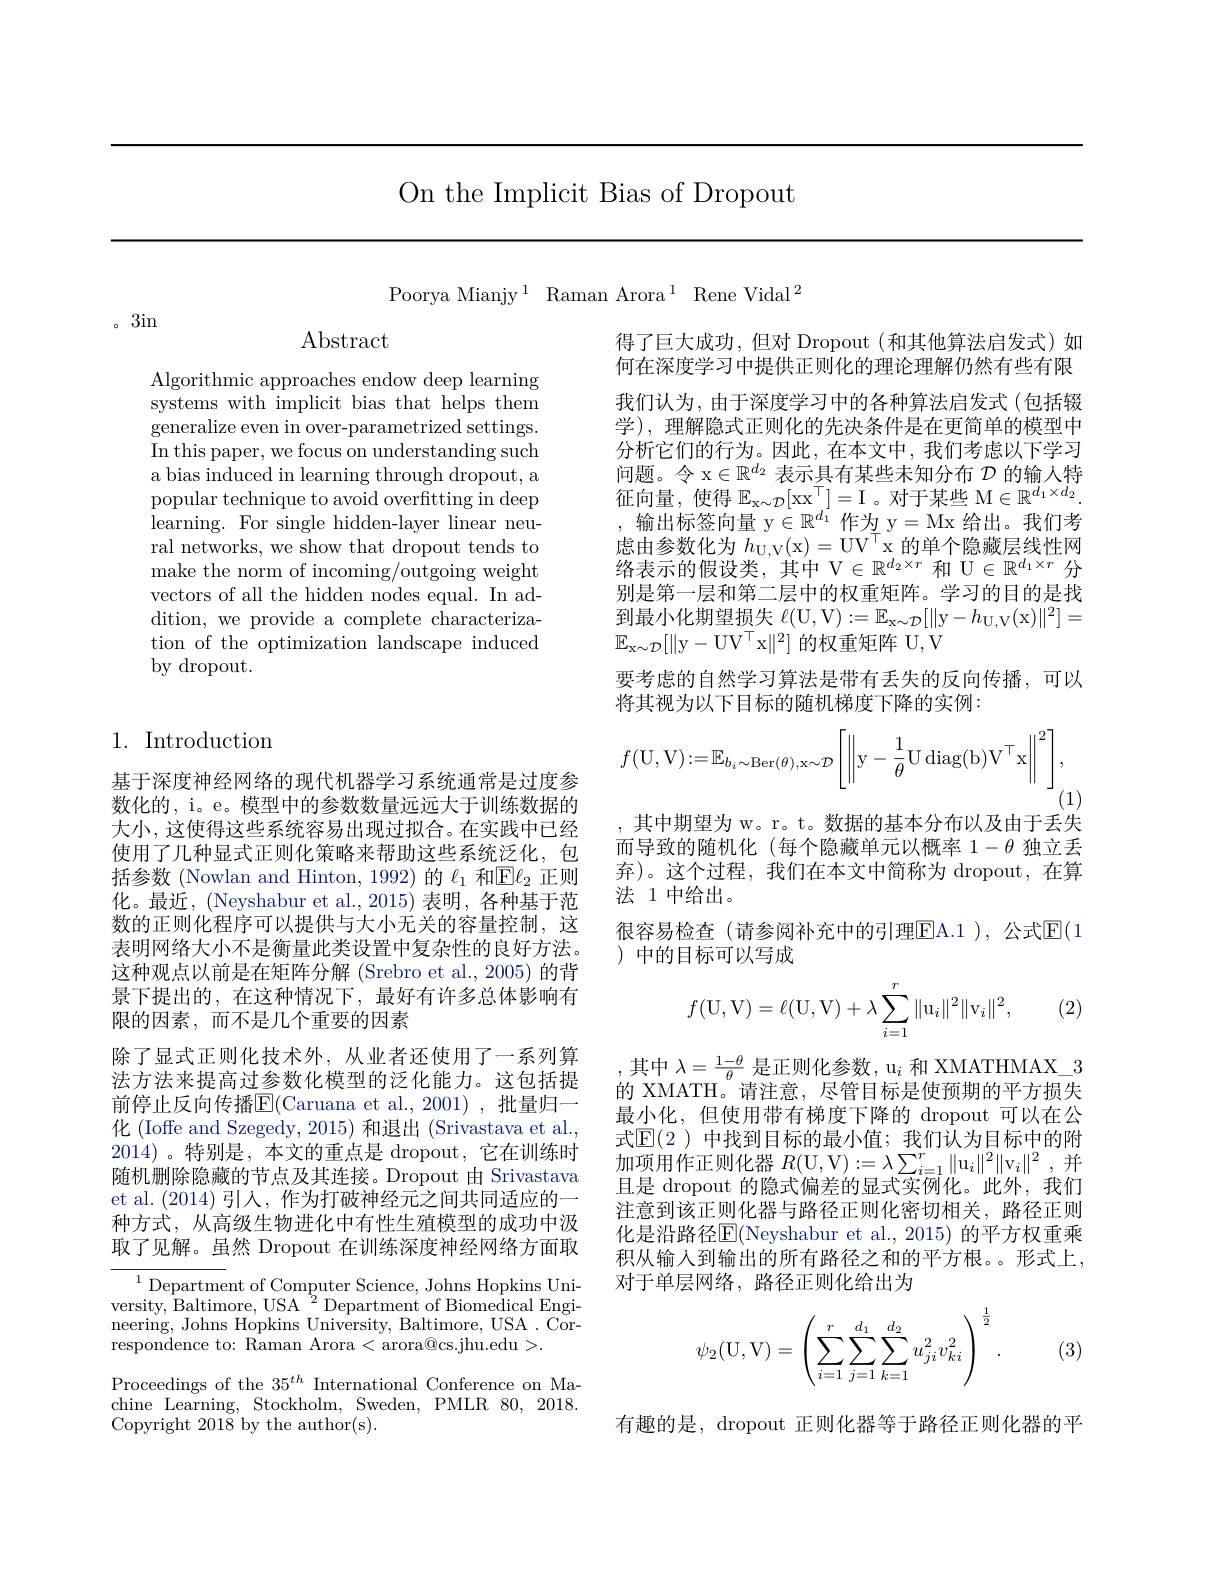
On the Implicit Bias of Dropout

Poorya Mianjy$^1$Raman Arora$^1$Rene Vidal$^2$

3in

$\operatorname{Abstract}$

Algorithmic approaches endow deep learning systems with implicit bias that helps them generalize even in over-parametrized settings. In this paper, we focus on understanding such a bias induced in learning through dropout, a popular technique to avoid overfitting in deep learning. For single hidden-layer linear neural networks, we show that dropout tends to make the norm of incoming/outgoing weight vectors of all the hidden nodes equal. In addition, we provide a complete characterization of the optimization landscape induced by dropout.

## 1. Introduction

基于深度神经网络的现代机器学习系统通常是过度参数化的，i。e。模型中的参数数量远远大于训练数据的大小，这使得这些系统容易出现过拟合。在实践中已经使用了几种显式正则化策略来帮助这些系统泛化，包括参数 (Nowlan and Hinton, 1992) 的$\ell_1$和$\mathbb{E}\ell_2$正则化。最近，(Neyshabur et al., 2015) 表明，各种基于范数的正则化程序可以提供与大小无关的容量控制，这表明网络大小不是衡量此类设置中复杂性的良好方法。这种观点以前是在矩阵分解 (Srebro et al., 2005) 的背景下提出的，在这种情况下，最好有许多总体影响有限的因素，而不是几个重要的因素
除了显式正则化技术外，从业者还使用了一系列算法方法来提高过参数化模型的泛化能力。这包括提前停止反向传播$\overline{\mathrm{E}}($Caruana et al.,2001),批量归一化 (Ioffe and Szegedy, 2015) 和退出 (Srivastava et al., 2014) 。特别是 , 本文的重点是 dropout, 它在训练时随机删除隐藏的节点及其连接。Dropout 由 Srivastava et al. (2014)引人，作为打破神经元之间共同适应的一种方式，从高级生物进化中有性生殖模型的成功中汲取了见解。虽然 Dropout 在训练深度神经网络方面取

$^{1}$Department of Computer Science, Johns Hopkins University, Baltimore, USA $^2$ Department of Biomedical Engineering, Johns Hopkins University, Baltimore, USA. Correspondence to: Raman Arora <arora@cs.jhu.edu>.
Proceedings of the $35^{th}$ International Conference on Machine Learning, Stockholm, Sweden, PMLR 80, 2018. Copyright 2018 by the author(s).

得了巨大成功，但对 Dropout(和其他算法启发式)如何在深度学习中提供正则化的理论理解仍然有些有限我们认为，由于深度学习中的各种算法启发式(包括辍学), 理解隐式正则化的先决条件是在更简单的模型中分析它们的行为。因此，在本文中，我们考虑以下学习问题。令x$\in R^d_2$表示具有某些未知分布$\mathcal{D}$的输入特征向量，使得$\mathbb{E}_{\mathrm{x}\sim\mathcal{D}}[\mathrm{xx}^{\top}]=$I。对于某些 M$\in\mathbb{R}^d_1\times d_2.$ 输出标签向量y$\in R^d_1$作为 y=Mx给出。我们考虑由参数化为$h_{\mathrm{U,V}}($x)= UV$^{\top}$x 的单个隐藏层线性网络表示的假设类，其中 V$\in\mathbb{R}^d_2\times r$和 U$\in\mathbb{R}^d_1\times r$分别是第一层和第二层中的权重矩阵。学习的目的是找到最小化期望损失$\ell($U,V$):=\mathbb{E}_\mathrm{x\sim\mathcal{D}}[\|$y$-h_\mathrm{U,V}($x$)\|^2]=$ $\mathbb{E}_{\mathrm{x}\sim\mathcal{D}}[\|$y-U$V^\top$x$\|^2]$的权重矩阵 U,V
要考虑的自然学习算法是带有丢失的反向传播，可以
将其视为以下目标的随机梯度下降的实例：
$$f(\mathrm{U},\mathrm{V}):=\mathbb{E}_{b_i\sim\mathrm{Ber}(\theta),\mathrm{x}\sim\mathcal{D}}\left[\left\|\mathrm{y}-\frac{1}{\theta}\mathrm{U}\:\mathrm{diag}(\mathrm{b})\mathrm{V}^\top\mathrm{x}\right\|^2\right],$$
$^{1}(1)$

其中期望为 w。r。t。数据的基本分布以及由于丢失而导致的随机化(每个隐藏单元以概率$1-\theta$独立丢弃)。这个过程，我们在本文中简称为 dropout,在算法 1 中给出。
很容易检查(请参阅补充中的引理$\boxed{\mathrm{EA}}$A.1),公式$\mathbb{E}(1$
)中的目标可以写成

(2)
$$f(\mathrm U,\mathrm V)=\ell(\mathrm U,\mathrm V)+\lambda\sum_{i=1}^r\|\mathrm u_i\|^2\|\mathrm v_i\|^2,$$
,其中$\lambda=\frac1-\theta\theta$是正则化参数，u$_i$和 XMATHMAX\_3的 XMATH。请注意，尽管目标是使预期的平方损失最小化，但使用带有梯度下降的 dropout 可以在公式$\mathbb{E}(2)$ 中找到目标的最小值；我们认为目标中的附加项用作正则化器$R($U,V$) : = \lambda \sum _i= 1^{r}\| \mathrm{u} _{i}\| ^{2}\| \mathrm{v} _{i}\| ^{2}$ ,并且是 dropout 的隐式偏差的显式实例化。此外，我们注意到该正则化器与路径正则化密切相关，路径正则化是沿路径$\overline{\mathrm{E}}($Neyshabur et al., 2015) 的平方权重乘积从输入到输出的所有路径之和的平方根。。形式上， 对于单层网络，路径正则化给出为
$$\psi_2(\mathrm U,\mathrm V)=\left(\sum_{i=1}^r\sum_{j=1}^{d_1}\sum_{k=1}^{d_2}u_{ji}^2v_{ki}^2\right)^{\frac{1}{2}}.$$
(3)

有趣的是，dropout 正则化器等于路径正则化器的平